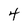
Character: 4